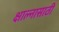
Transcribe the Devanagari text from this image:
क्षाल्नासाठी